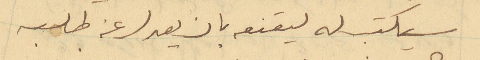
سيكتب له ليقنعه بان يعدل عن طلبه